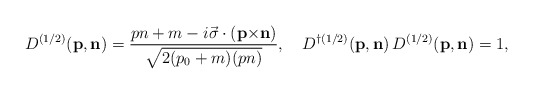
\begin{align*}{D}^{(1/2)}({\bf p},{\bf n})=\frac{pn+m-i{\vec \sigma}\cdot({\bf p}{\times}{\bf n})}{\sqrt{2(p_0+m)(pn)}},\quad{D}^{\dag(1/2)}({\bf p},{\bf n})\,{D}^{(1/2)}({\bf p},{\bf n})=1,\end{align*}